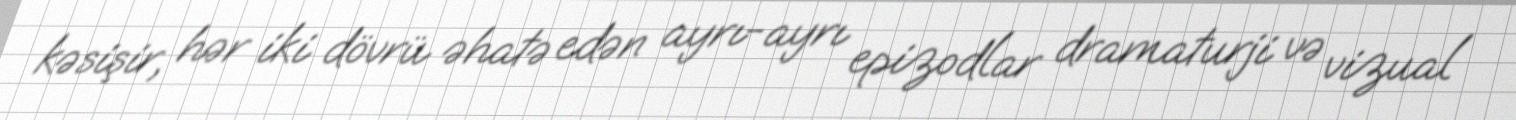
kəsişir, hər iki dövrü əhatə edən ayrı-ayrı epizodlar dramaturji və vizual